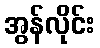
အွန်လိုင်း